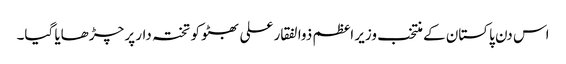
اس دن پاکستان کے منتخب وزیر اعظم ذوالفقار علی بھٹو کو تختہ دار پر چڑھایا گیا۔